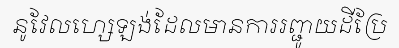
នូវែលហ្សេឡង់ដែលមានការរញ្ជូយដីប្រែ